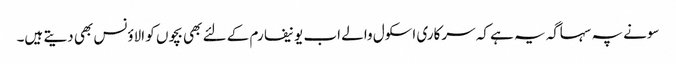
سونے پہ سہاگہ یہ ہے کہ سرکاری اسکول والے اب یونیفارم کے لئے بھی بچوں کو الاؤنس بھی دیتے ہیں۔